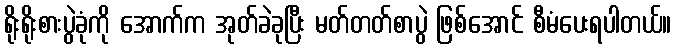
ရိုးရိုးစားပွဲခုံကို အောက်က အုတ်ခဲခုပြီး မတ်တတ်စာပွဲ ဖြစ်အောင် စီမံပေးရပါတယ်။